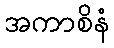
အကာစိနံ